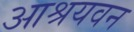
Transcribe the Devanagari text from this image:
आश्रयवन